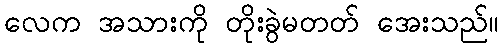
လေက အသားကို တိုးခွဲမတတ် အေးသည်။